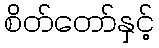
စိတ်တော်နှင့်